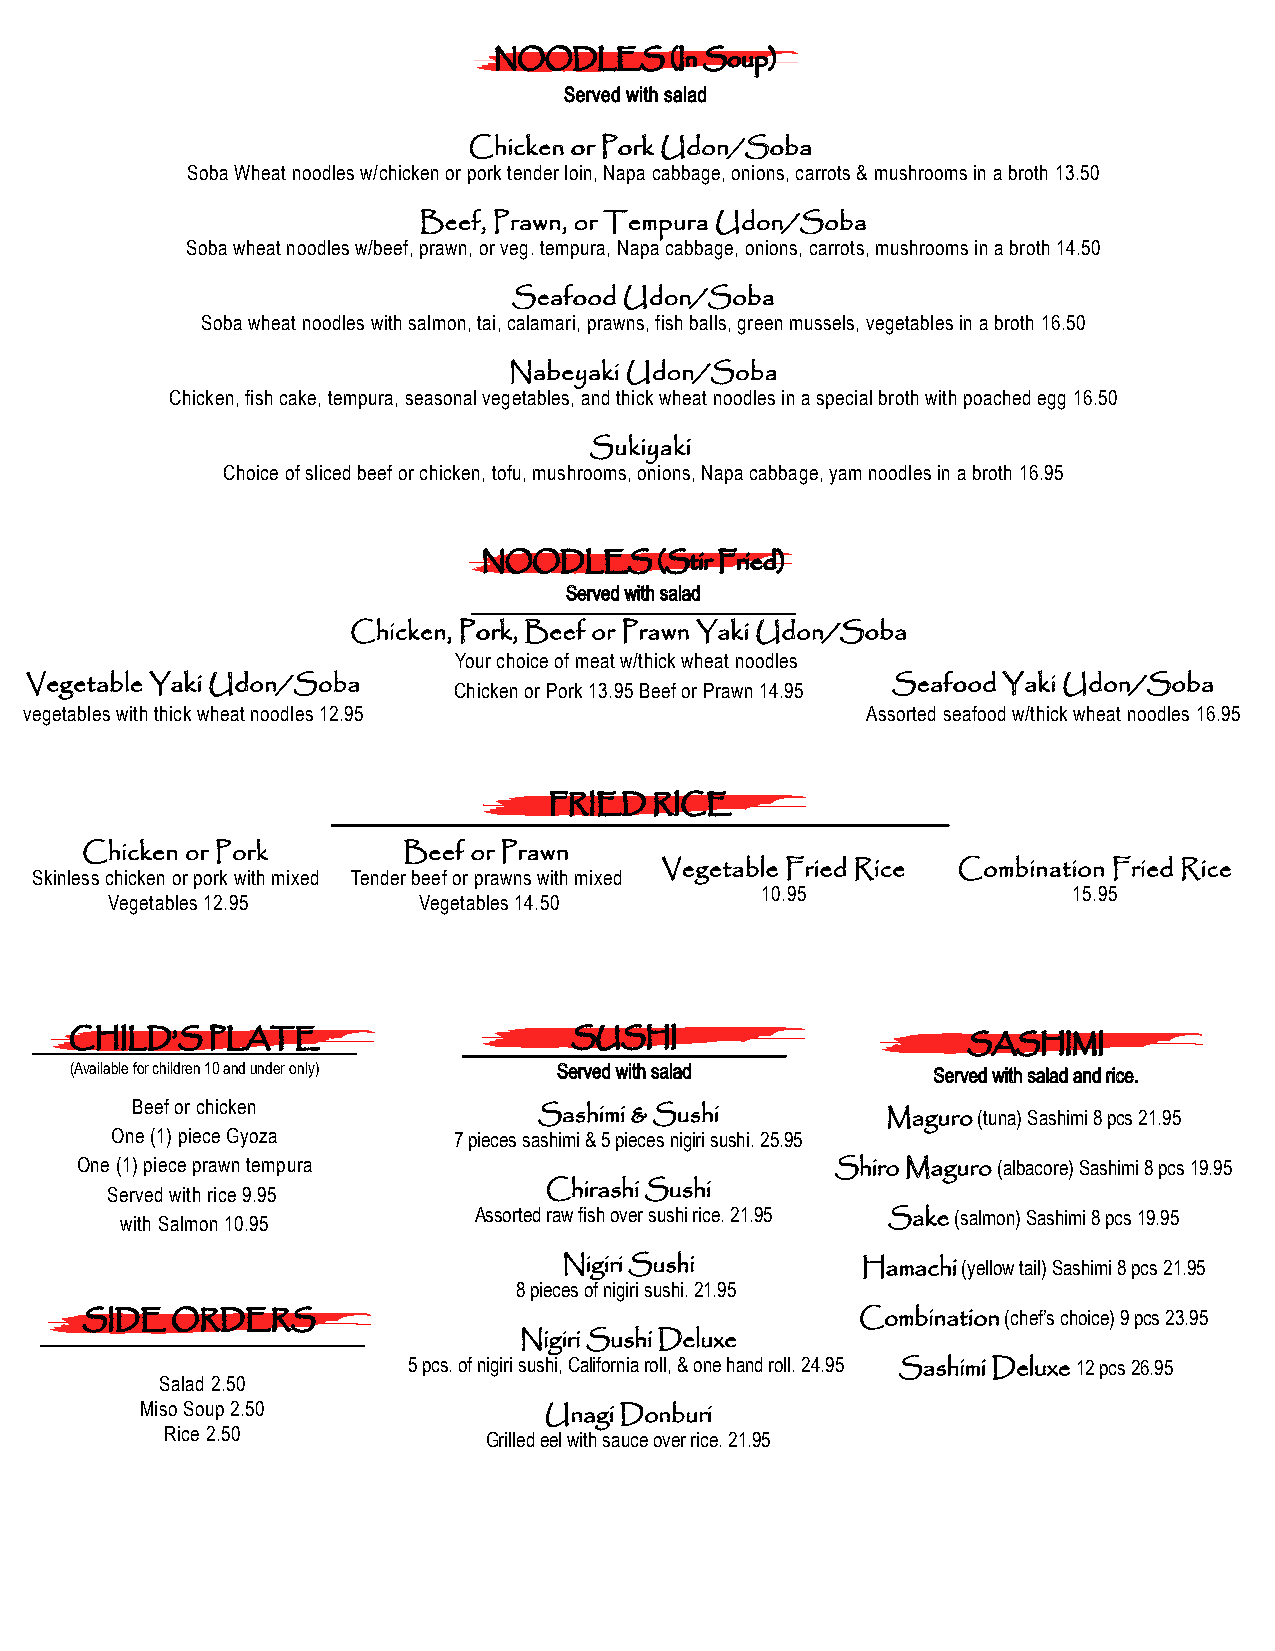
NOODLES    (In Soup)
 Served with salad
 Chicken or Pork Udon/Soba
 Soba Wheat noodles w/chicken or pork tender loin, Napa cabbage, onions, carrots & mushrooms in a broth 13.50
 Beef, Prawn, or Tempura Udon/Soba
 Soba wheat noodles w/beef, prawn, or veg. tempura, Napa cabbage, onions, carrots, mushrooms in a broth 14.50
 Seafood Udon/Soba
 Soba wheat noodles with salmon, tai, calamari, prawns, fish balls, green mussels, vegetables in a broth 16.50
 Nabeyaki Udon/Soba
 Chicken, fish cake, tempura, seasonal vegetables, and thick wheat noodles in a special broth with poached egg 16.50
 Sukiyaki
 Choice of sliced beef or chicken, tofu, mushrooms, onions, Napa cabbage, yam noodles in a broth 16.95
 NOODLES     (Stir Fried)
 Served with salad
 Chicken, Pork, Beef or Prawn Yaki Udon/Soba
 Your choice of meat w/thick wheat noodles
 Vegetable Yaki Udon/Soba    Chicken or Pork 13.95 Beef or Prawn 14.95 Seafood Yaki Udon/Soba
 vegetables with thick wheat noodles 12.95              Assorted seafood w/thick wheat noodles 16.95
 FRIED  RICE
 Chicken or Pork       Beef or Prawn
 Skinless chicken or pork with mixed Tender beef or prawns with mixed Vegetable Fried Rice Combination Fried Rice
 10.95                15.95
 Vegetables 12.95     Vegetables 14.50
 CHILD’S  PLATE                   SUSHI                     SASHIMI
 (Available for children 10 and under only) Served with salad Served with salad and rice.
 Beef or chicken
 Sashimi & Sushi        Maguro (tuna) Sashimi 8 pcs 21.95
 One (1) piece Gyoza    7 pieces sashimi & 5 pieces nigiri sushi. 25.95
 One (1) piece prawn tempura                       Shiro Maguro (albacore) Sashimi 8 pcs 19.95
 Served with rice 9.95        Chirashi Sushi
 with Salmon 10.95      Assorted raw fish over sushi rice. 21.95 Sake (salmon) Sashimi 8 pcs 19.95
 Nigiri Sushi        Hamachi (yellow tail) Sashimi 8 pcs 21.95
 8 pieces of nigiri sushi. 21.95
 SIDE  ORDERS                                        Combination (chef’s choice) 9 pcs 23.95
 Nigiri Sushi Deluxe
 5 pcs. of nigiri sushi, California roll, & one hand roll. 24.95 Sashimi Deluxe 12 pcs 26.95
 Salad 2.50
 Miso Soup 2.50
 Unagi Donburi
 Rice 2.50            Grilled eel with sauce over rice. 21.95